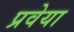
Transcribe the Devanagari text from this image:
प्रवेया